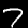
Label: 7